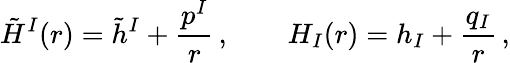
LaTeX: \tilde{H}^{I}(r)=\tilde{h}^{I}+{\frac{p^{I}}{r}}\, ,\qquad H_{I}(r)=h_{I}+{\frac{q_{I}}{r}}\, ,